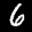
Label: 6